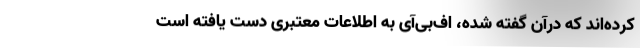
کرده‌اند که درآن گفته شده، اف‌بی‌آی به اطلاعات معتبری دست یافته است